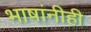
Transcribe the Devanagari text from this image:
भाषांनीही